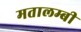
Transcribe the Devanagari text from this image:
मतालम्बी